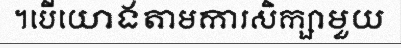
។បើយោងតាមការសិក្សាមួយ